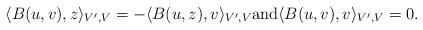
LaTeX: \begin{align*} \langle B(u,v),z\rangle_{V',V}=- \langle B(u,z),v\rangle_{V',V} \mbox{\rm and}\langle B(u,v),v\rangle_{V',V} =0. \end{align*}